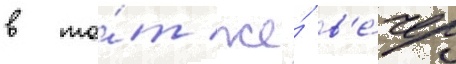
в то́т же́ в'е́чер